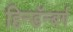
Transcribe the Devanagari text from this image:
हिन्डॅन्बर्ग